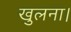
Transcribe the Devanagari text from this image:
खुलना।